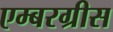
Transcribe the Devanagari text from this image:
एम्बरग्रीस